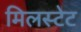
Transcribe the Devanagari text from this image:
मिलस्टेट